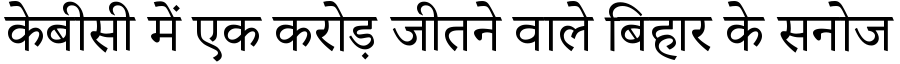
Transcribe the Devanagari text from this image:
केबीसी में एक करोड़ जीतने वाले बिहार के सनोज